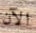
الآن